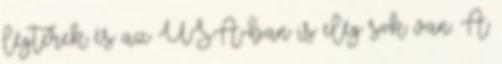
légterek és az USA-ban is elég sok van. A